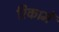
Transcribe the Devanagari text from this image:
रिकामें